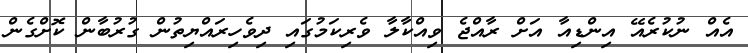
އެއް ނުކުރެއޭ އިންޑިއާ އަށް ރާއްޖެ ވިއްކާލާ ވެރިކަމުގައި ދިވެހިރައްޔިތުން ގުރުބާން ކޮށްގެން